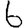
Digit: 6